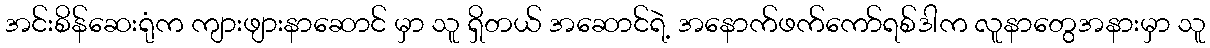
အင်းစိန်ဆေးရုံက ကျားဖျားနာဆောင် မှာ သူ ရှိတယ် အဆောင်ရဲ့ အနောက်ဖက်ကော်ရစ်ဒါက လူနာတွေအနားမှာ သူ